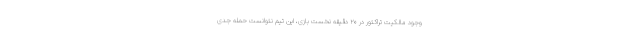
وجود مالکیت تراکتور در ۲۰ دقیقه نخست بازی، این تیم نتوانست حمله جدی